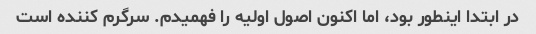
در ابتدا اینطور بود، اما اکنون اصول اولیه را فهمیدم. سرگرم کننده است